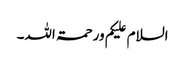
السلام علیکم ورحمۃ اللہ۔